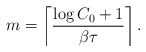
\begin{align*}m =\left\lceil\frac{\log C_0+1}{\beta\tau}\right\rceil.\end{align*}